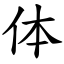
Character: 体